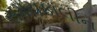
સમયકાલીન